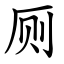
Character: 厕